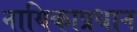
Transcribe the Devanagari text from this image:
नायिकाप्रधान